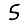
Digit: 5